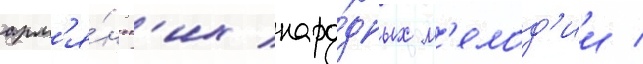
арм'я́нск'их наро́дных м'елод'ии /